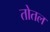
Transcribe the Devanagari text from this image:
तोतल